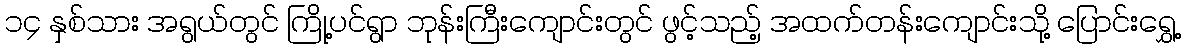
၁၄ နှစ်သား အရွယ်တွင် ကြို့ပင်ရွာ ဘုန်းကြီးကျောင်းတွင် ဖွင့်သည့် အထက်တန်းကျောင်းသို့ ပြောင်းရွှေ့